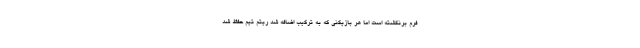
فرم برنگشته است اما هر بازیکنی که به ترکیب اضافه شد ریتم تیم حفظ شد